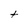
Character: t